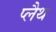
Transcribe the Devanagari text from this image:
प्लैथ